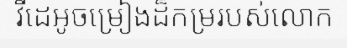
វីដេអូចម្រៀងដ៏កម្ររបស់លោក